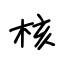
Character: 核